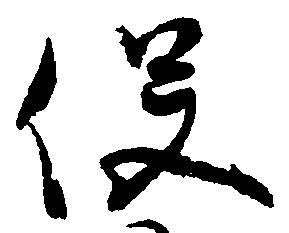
役